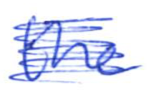
Text: the
Cross-out: scratch
Writing tool: ballpoint